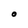
Character: O